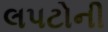
લપટોની